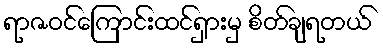
ရာဇဝင်ကြောင်းထင်ရှားမှ စိတ်ချရတယ်